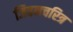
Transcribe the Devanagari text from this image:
जिवनचरित्र